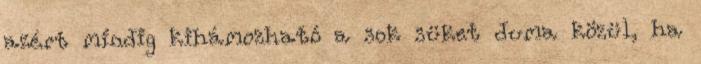
azért mindig kihámozható a sok süket duma közül, ha